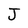
Character: J